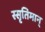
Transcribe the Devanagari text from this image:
स्सृतिमान्